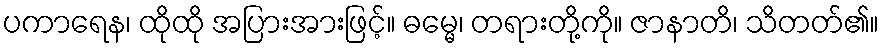
ပကာရေန၊ ထိုထို အပြားအားဖြင့်။ ဓမ္မေ၊ တရားတို့ကို။ ဇာနာတိ၊ သိတတ်၏။